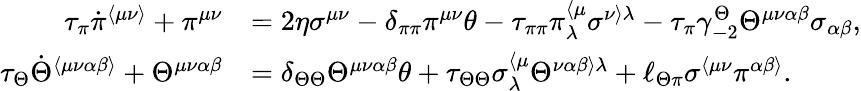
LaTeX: \begin{array}{rl}{\tau_{\pi}\dot{\pi}^{\langle\mu\nu\rangle}+\pi^{\mu\nu}}&{=2\eta\sigma^{\mu\nu}-\delta_{\pi\pi}\pi^{\mu\nu}\theta-\tau_{\pi\pi}\pi_{\lambda}^{\langle\mu}\sigma^{\nu\rangle\lambda}-\tau_{\pi}\gamma_{-2}^{\Theta}\Theta^{\mu\nu\alpha\beta}\sigma_{\alpha\beta},}\\ {\tau_{\Theta}\dot{\Theta}^{\langle\mu\nu\alpha\beta\rangle}+\Theta^{\mu\nu\alpha\beta}}&{=\delta_{\Theta\Theta}\Theta^{\mu\nu\alpha\beta}\theta+\tau_{\Theta\Theta}\sigma_{\lambda}^{\langle\mu}\Theta^{\nu\alpha\beta\rangle\lambda}+\ell_{\Theta\pi}\sigma^{\langle\mu\nu}\pi^{\alpha\beta\rangle}.}\end{array}